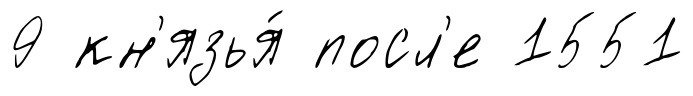
9 кн'язья́ посл'е 1551